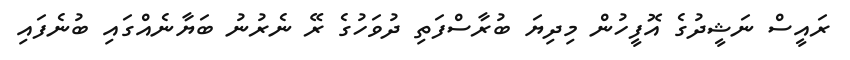
ރައީސް ނަޝީދުގެ އޮފީހުން މިދިޔަ ބުރާސްފަތި ދުވަހުގެ ރޭ ނެރުނު ބަޔާނެއްގައި ބުނެފައި